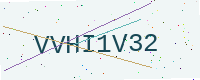
Text: VVHI1V32